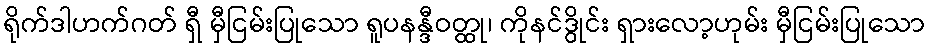
ရိုက်ဒါဟက်ဂတ် ရှီ မှီငြမ်းပြုသော ရူပနန္ဒီဝတ္ထု၊ ကိုနင်ဒွိုင်း ရှားလော့ဟုမ်း မှီငြမ်းပြုသော